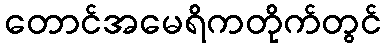
တောင်အမေရိကတိုက်တွင်